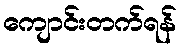
ကျောင်းတက်ရန်